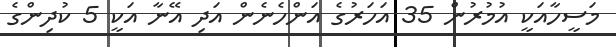
މަސީހާއަކީ އުމުރުން 35 އަހަރުގެ އަންހެނެން އަދި އޭނާ އަކީ 5 ކުދިންގެ